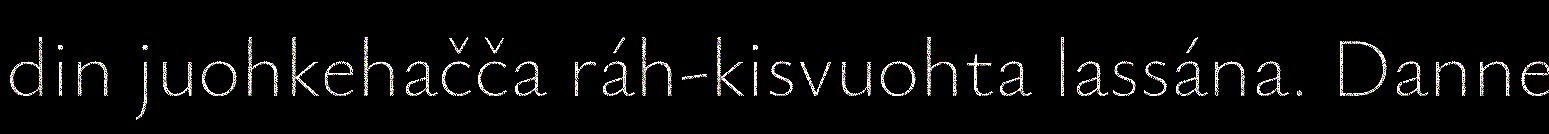
din juohkehačča ráh-kisvuohta lassána. Danne